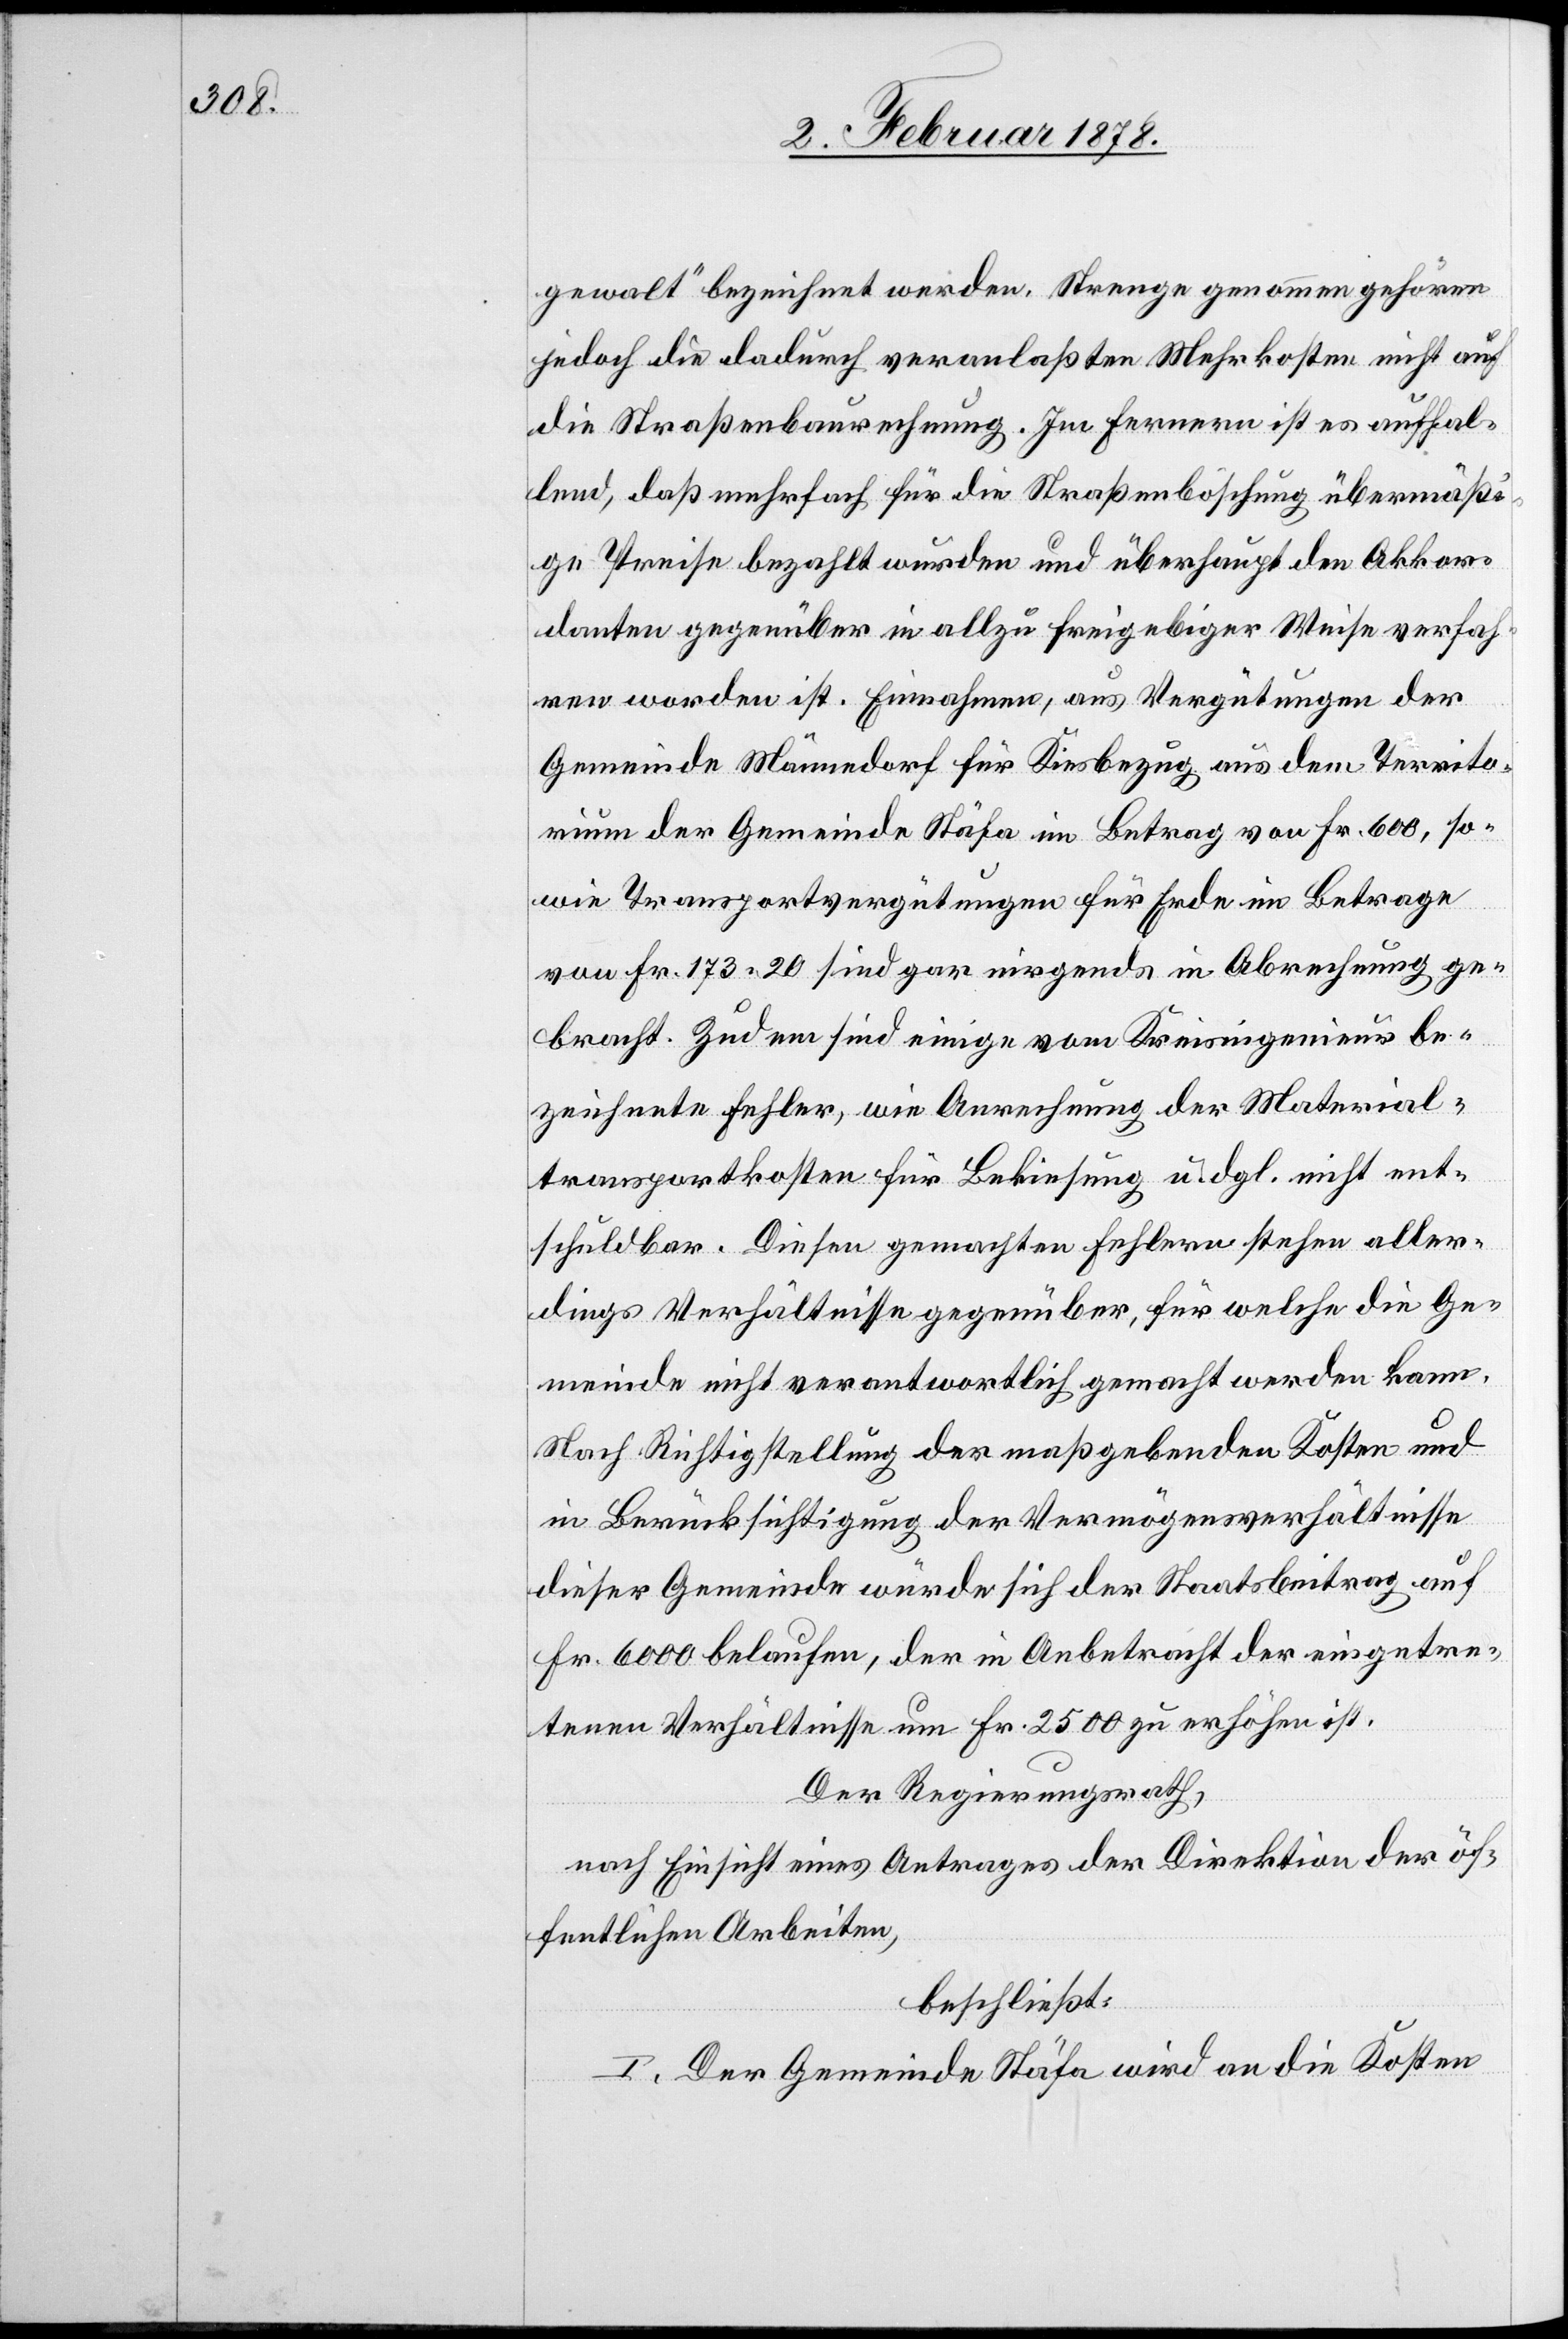
gewalt“ bezeichnet werden. Strenge genommen gehören
jedoch die dadurch veranlassten Mehrkosten nicht auf
die Straßenbaurechnung. In Fernern ist es auffal¬
lend, daß mehrfach für die Straßenböschung übermäßi¬
ge Preise bezahlt wurden und überhaupt den Akkor¬
danten gegenüber in allzu freigebiger Weise verfah¬
ren worden ist. Einnahmen, aus Vergütungen der
Gemeinde Männedorf für Kiesbezug aus dem Territo¬
rium der Gemeinde Stäfa im Betrag von Fr. 600, so¬
wie Transportvergütungen für Erde im Betrage
von Fr. 173.20 sind gar nirgends in Abrechnung ge¬
bracht. Zudem sind einige vom Kreisingenieur be¬
zeichnete Fehler, wie Anrechnung der Material¬
transportkosten für Bekiesung u. dgl. nicht ent¬
schuldbar. Diesen gemachten Fehlern stehen aller¬
dings Verhältnisse gegenüber, für welche die Ge¬
meinde nicht verantwortlich gemacht werden kann.
Nach Richtigstellung der maßgebenden Kosten und
in Berücksichtigung der Vermögensverhältnisse
dieser Gemeinde würde sich der Staatsbeitrag auf
Fr. 6000 belaufen, der in Anbetracht der eingetre¬
tenen Verhältnisse um Fr. 2500 zu erhöhen ist.
Der Regierungsrath,
nach Einsicht eines Antrages der Direktion der öf¬
fentlichen Arbeiten,
beschließt:
I. Der Gemeinde Stäfa wird an die Kosten